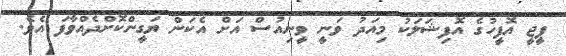
ޕީޖީ އޮފީހުގެ އޮފިޝަލަކު މިއަދު ވަނީ ވީނިއުސް އަށް އެކަން ޔަގީންކޮށްދެއްވާފަ އެވެ.